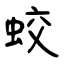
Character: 蛟